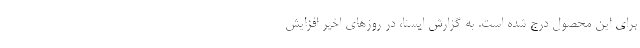
برای این محصول درج شده است. به گزارش ایسنا، در روزهای اخیر افزایش